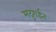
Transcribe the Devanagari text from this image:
मदुराईत